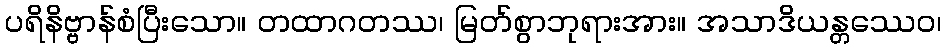
ပရိနိဗ္ဗာန်စံပြီးသော။ တထာဂတဿ၊ မြတ်စွာဘုရားအား။ အသာဒိယန္တဿေဝ၊